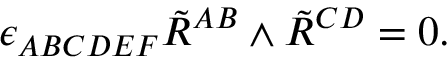
\epsilon _ { A B C D E F } \tilde { R } ^ { A B } \wedge \tilde { R } ^ { C D } = 0 .